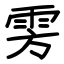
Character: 雱